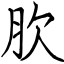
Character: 肷